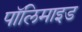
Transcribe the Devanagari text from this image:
पॉलिमाइड